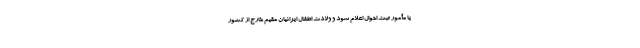
یا مأمور ثبت احوال اعلام شود و ولادت اطفال ایرانیان مقیم خارج از کشور